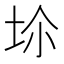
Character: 𡊒